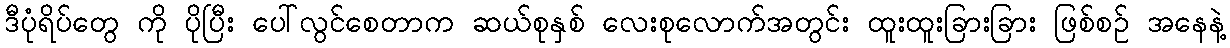
ဒီပုံရိပ်တွေ ကို ပိုပြီး ပေါ်လွင်စေတာက ဆယ်စုနှစ် လေးစုလောက်အတွင်း ထူးထူးခြားခြား ဖြစ်စဉ် အနေနဲ့